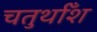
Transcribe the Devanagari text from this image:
चतुर्थाँश